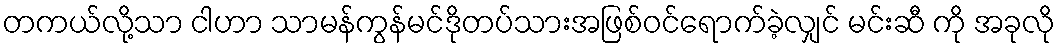
တကယ်လို့သာ ငါဟာ သာမန်ကွန်မင်ဒိုတပ်သားအဖြစ်ဝင်ရောက်ခဲ့လျှင် မင်းဆီ ကို အခုလို